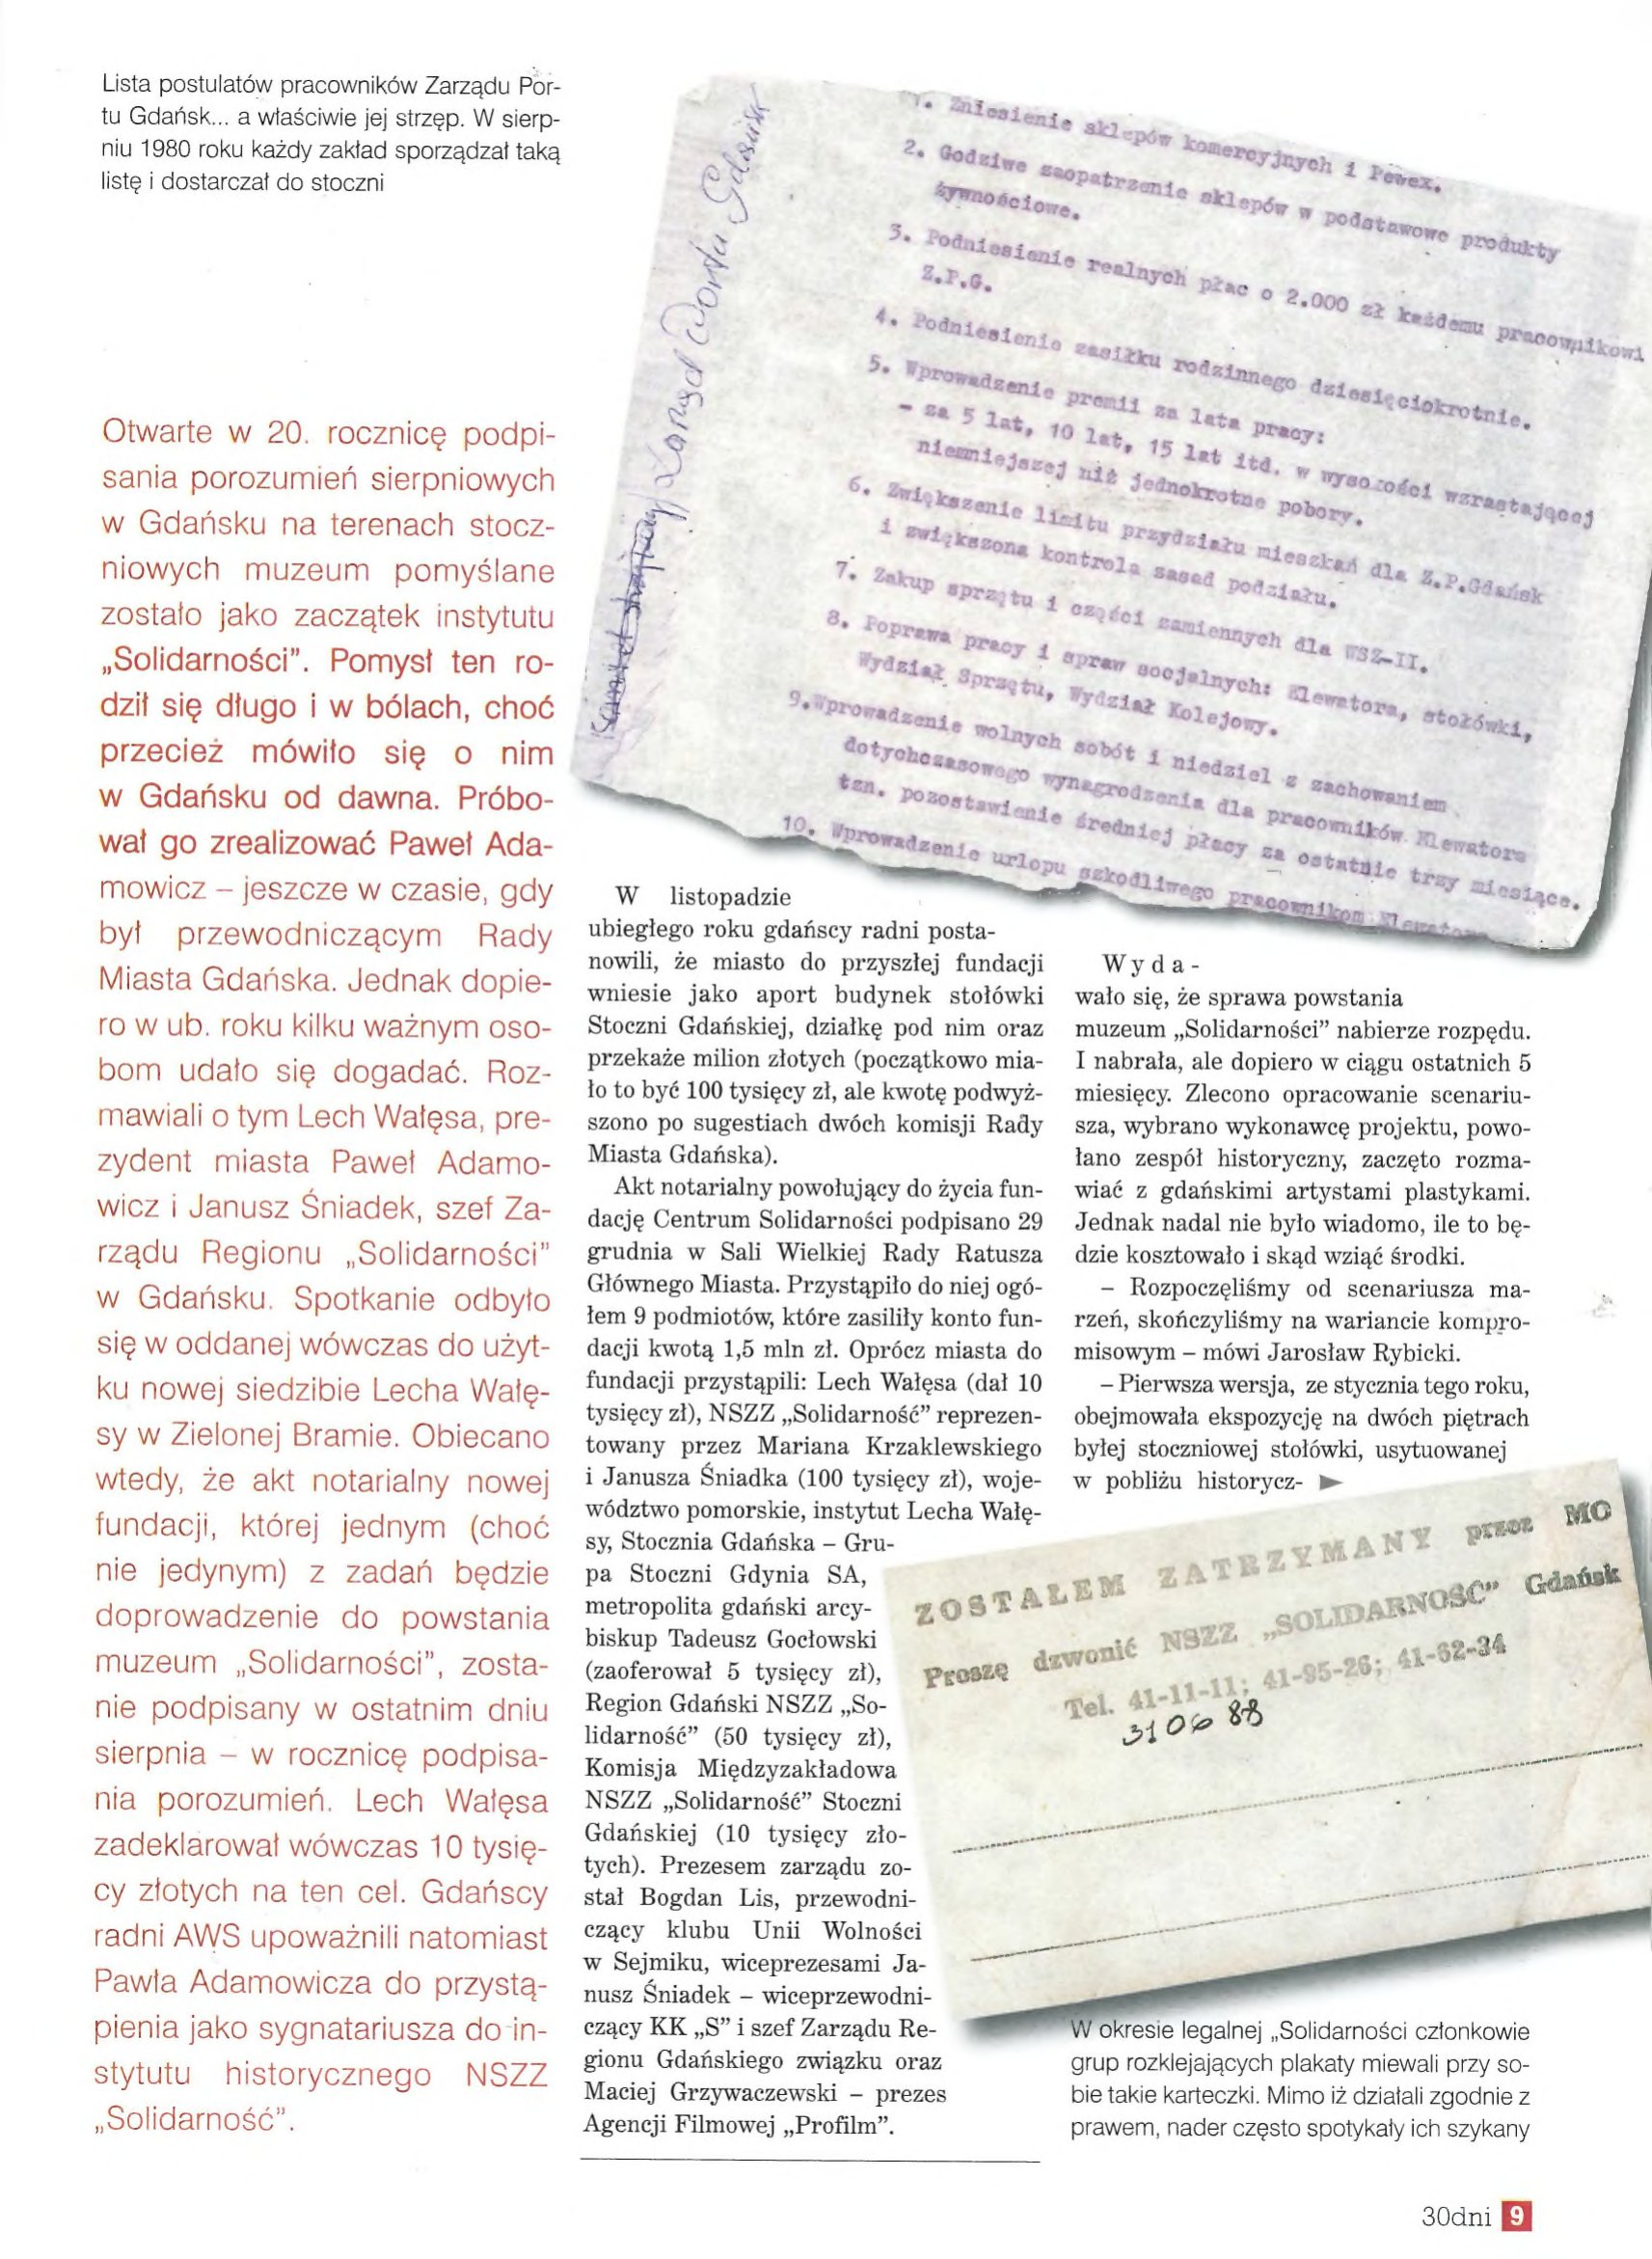
Language: pl